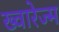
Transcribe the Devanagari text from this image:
ख्वारेज्म